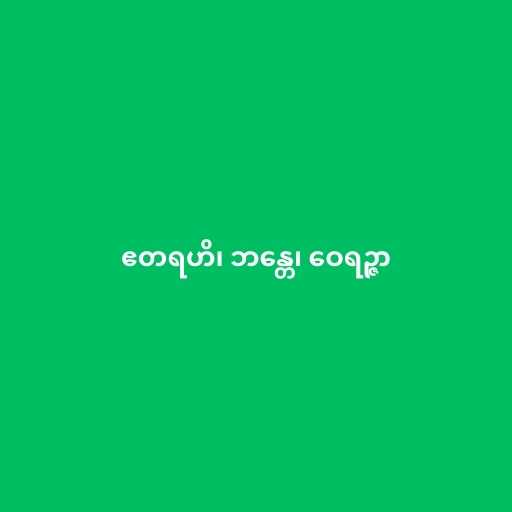
ဧတရဟိ၊ ဘန္တေ၊ ဝေရဉ္ဇာ